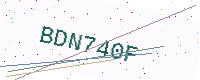
Text: BDN740F